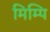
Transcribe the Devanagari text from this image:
मिम्पि